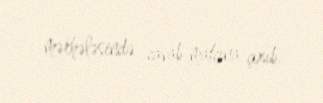
mərhələsində cavab matçına çıxıb.